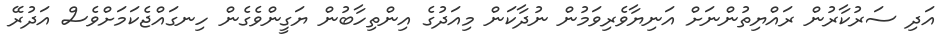
އަދި ސަރުކާރުން ރައްޔިތުންނަށް އަނިޔާވެރިވަމުން ނުދާކަން މިއަދުގެ އިންތިހާބުން ޔަގީންވެގެން ހިނގައްޖެކަމަށްވެސް އަދުރޭ